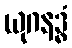
ယုဂနဒ္ဓံ